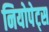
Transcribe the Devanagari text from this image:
नियोपेट्स